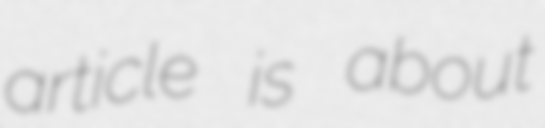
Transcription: article is about